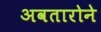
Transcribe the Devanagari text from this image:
अवतारोने